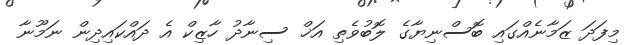
މިފަދަ ޒަމާނެއްގައި ބޮސްނިޔާގެ ލޮބުވެތި އަޚް ސިނާދު ހާޒިކް އެ ދައްކައިދިން ނަމޫނާ